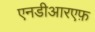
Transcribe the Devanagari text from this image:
एनडीआरएफ़